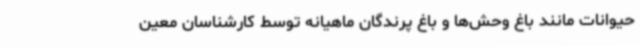
حیوانات مانند باغ وحش‌ها و باغ پرندگان ماهیانه توسط کارشناسان معین